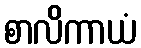
စာလိကာယံ